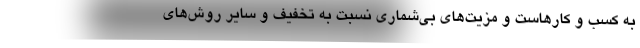
به کسب و کارهاست و مزیت‌های بی‌شماری نسبت به تخفیف و سایر روش‌های